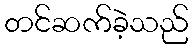
တင်ဆက်ခဲ့သည်